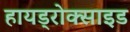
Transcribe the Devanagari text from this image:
हायड्रोक्साइड